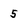
Character: 5